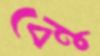
বেনু